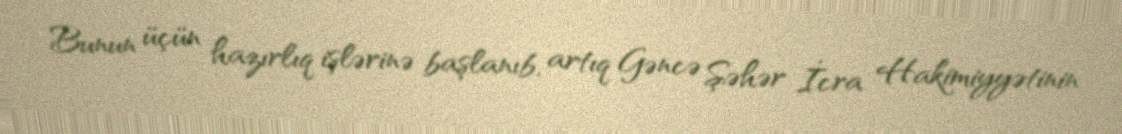
Bunun üçün hazırlıq işlərinə başlanıb, artıq Gəncə Şəhər İcra Hakimiyyətinin